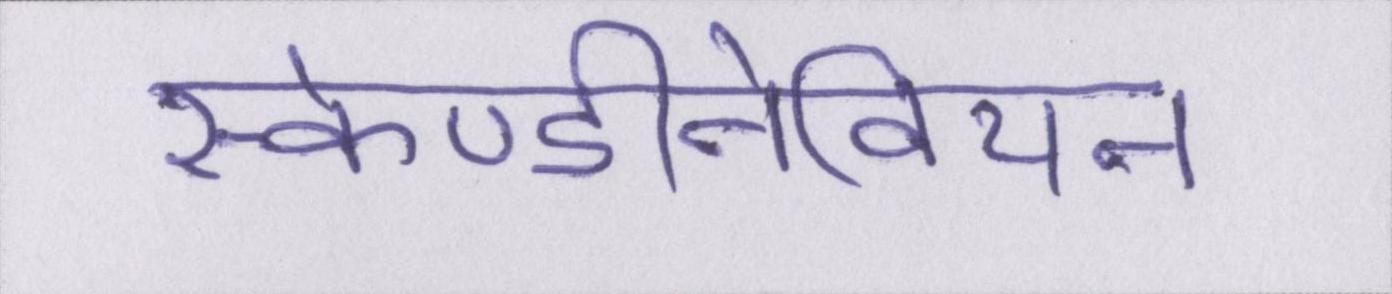
स्केण्डीनेवियन